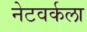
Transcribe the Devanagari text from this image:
नेटवर्कला